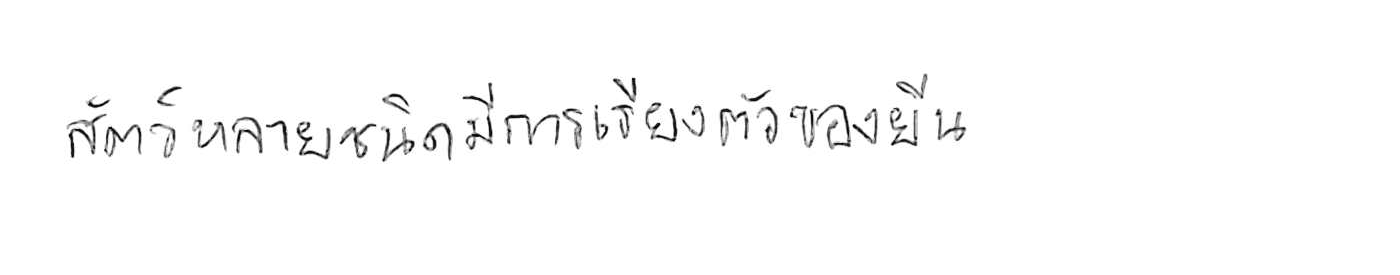
สัตว์หลายชนิดมีการเรียงตัวของยีน